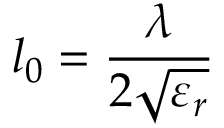
l _ { 0 } = \frac { \lambda } { 2 \sqrt { \varepsilon _ { r } } }